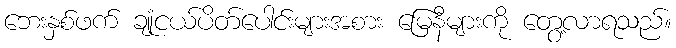
ဘေးနှစ်ဖက် ချုံငယ်ပိတ်ပေါင်းများအစား မြေနီများကို တွေ့လာရသည်။